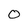
Character: 0